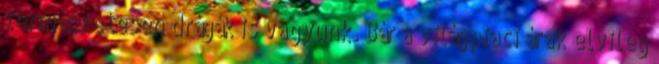
természetesen drágák is vagyunk. Bár a világpiaci árak elvileg